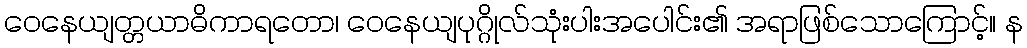
ဝေနေယျတ္တယာဓိကာရတော၊ ဝေနေယျပုဂ္ဂိုလ်သုံးပါးအပေါင်း၏ အရာဖြစ်သောကြောင့်။ န